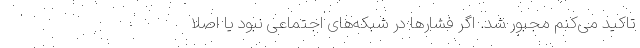
تاکید می‌کنم مجبور شد. اگر فشارها در شبکه‌های اجتماعی نبود یا اصلا